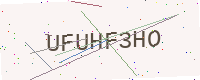
Text: UFUHF3HO